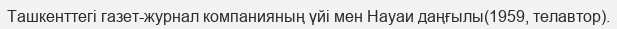
Ташкенттегі газет-журнал компанияның үйі мен Науаи даңғылы(1959, телавтор).